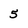
Character: 5